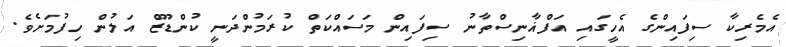
އެމެރިކާ ސިފައިންގެ އެހީގައި އަފްޣާނިސްތާނު ސިފައިން މަސައްކަތް ކުރަމުންދަނީ ކުންޑޫޒް އަލުން ހިފުމަށެވެ.